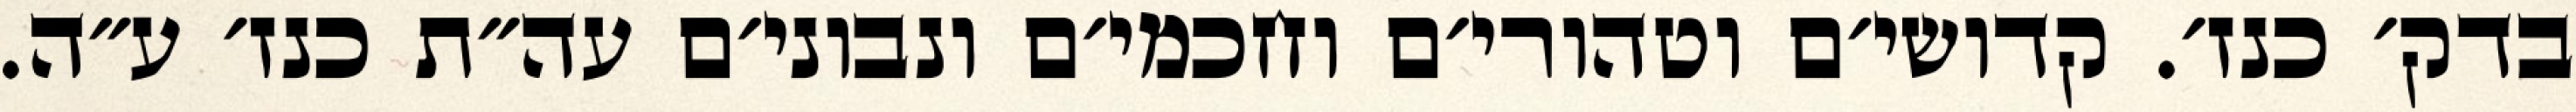
בדק׳ כנז׳. קדושי׳ם וטהורי׳ם וחכמי׳ם ונבוני׳ם עה״ת כנז׳ ע״ה.